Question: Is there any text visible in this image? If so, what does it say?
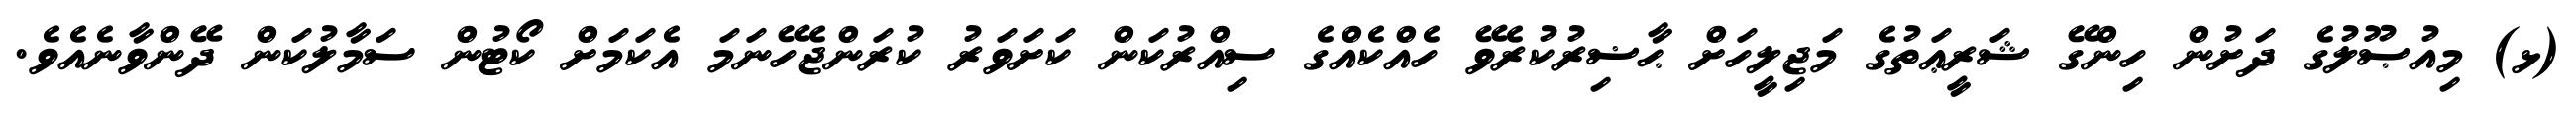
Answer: (ޅ) މިއުޞޫލުގެ ދަށުން ހިންގޭ ޝަރީޢަތުގެ މަޖިލީހަށް ޙާޟިރުކުރެވޭ ހެއްކެއްގެ ސިއްރުކަން ކަށަވަރު ކުރަންޖެހޭނަމަ އެކަމަށް ކޯޓުން ސަމާލުކަން ދޭންވާނެއެވެ.